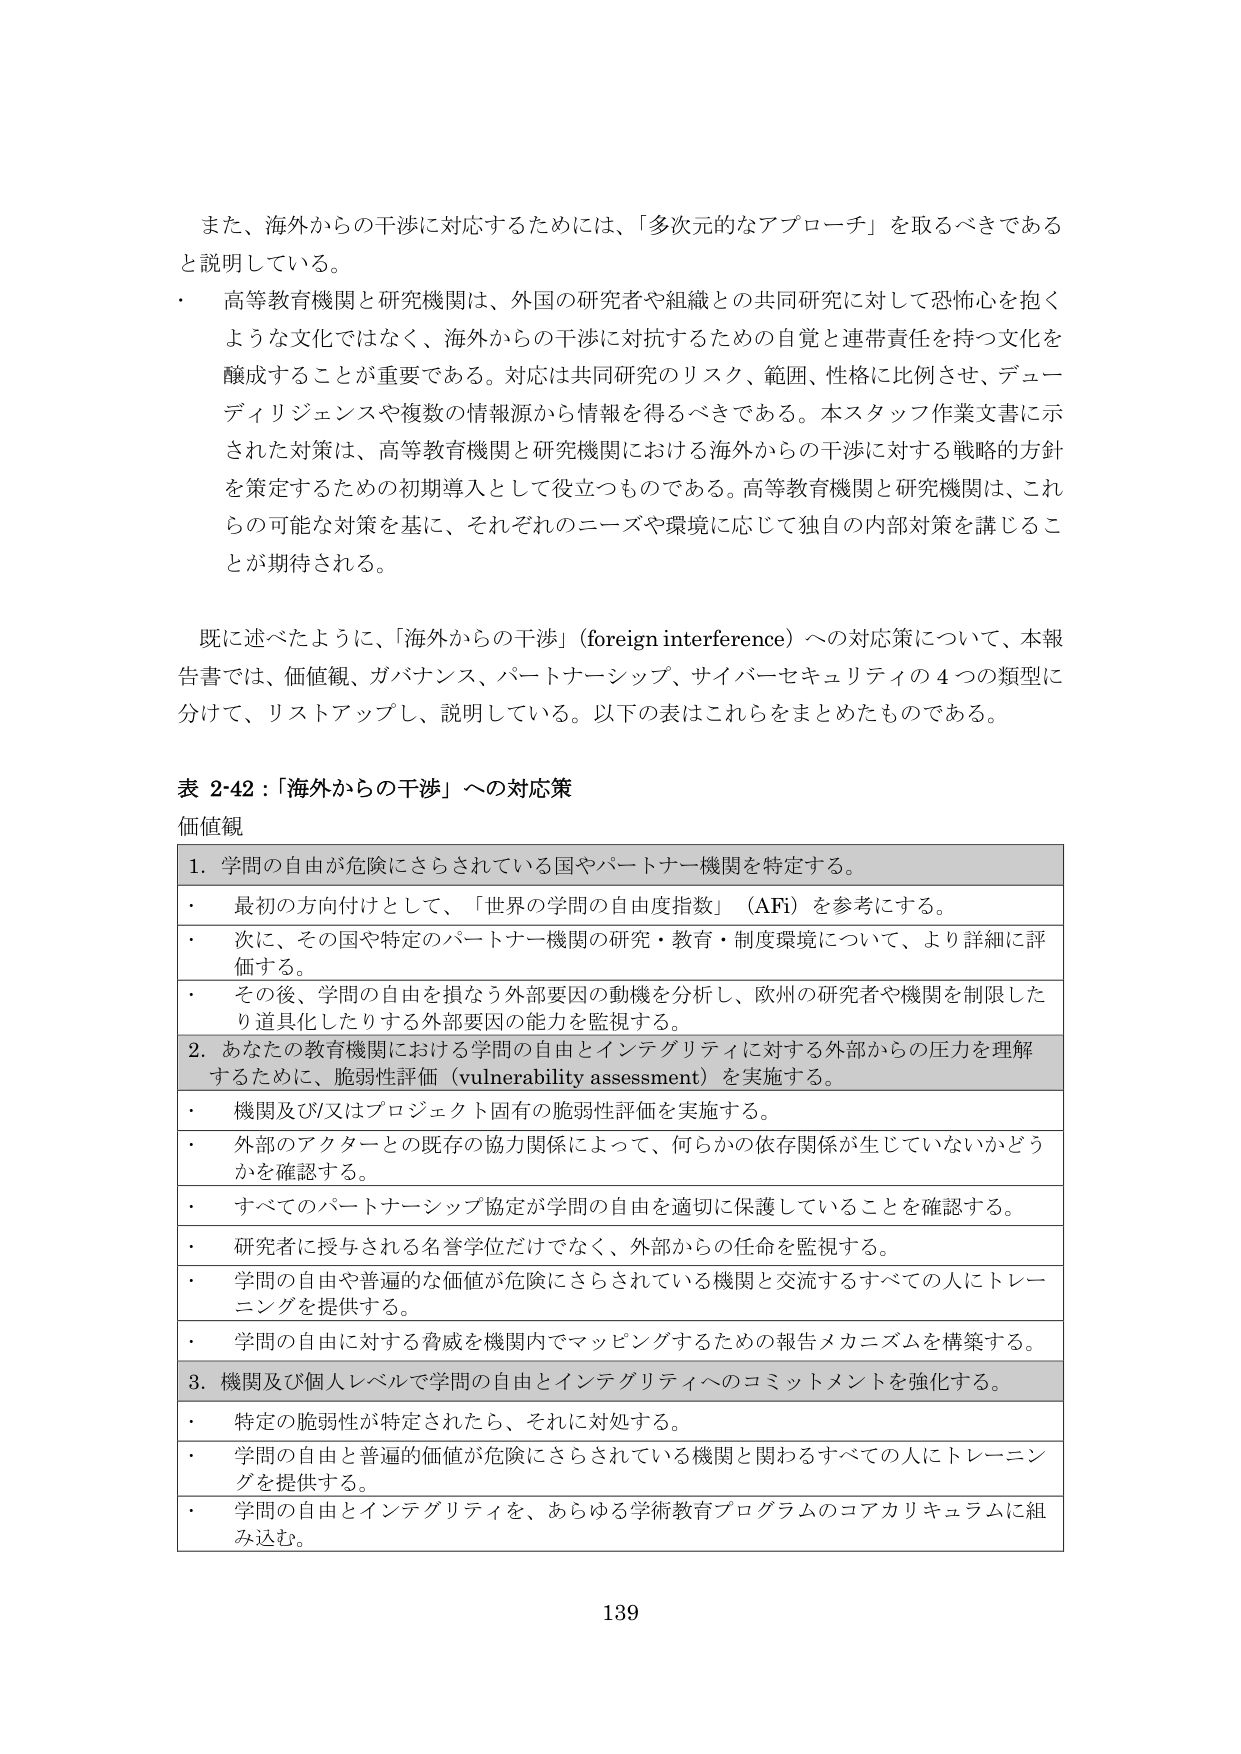
また、海外からの干渉に対応するためには、「多次元的なアプローチ」を取るべきであると説明している。

・ 高等教育機関と研究機関は、外国の研究者や組織との共同研究に対して恐怖心を抱くような文化ではなく、海外からの干渉に対抗するための自覚と連帯責任を持つ文化を醸成することが重要である。対応は共同研究のリスク、範囲、性格に比例させ、デューディリジェンスや複数の情報源から情報を得るべきである。本スタッフ作業文書に示された対策は、高等教育機関と研究機関における海外からの干渉に対する戦略的方針を策定するための初期導入として役立つものである。高等教育機関と研究機関は、これらの可能な対策を基に、それぞれのニーズや環境に応じて独自の内部対策を講じることが期待される。

既に述べたように、「海外からの干渉」（foreign interference）への対応策について、本報告書では、価値観、ガバナンス、パートナーシップ、サイバーセキュリティの4つの類型に分けて、リストアップし、説明している。以下の表はこれらをまとめたものである。

表 2-42：「海外からの干渉」への対応策

価値観

1. 学問の自由が危険にさらされている国やパートナー機関を特定する。

・ 最初の方向付けとして、「世界の学問の自由度指数」（AFi）を参考にする。

・ 次に、その国や特定のパートナー機関の研究・教育・制度環境について、より詳細に評価する。

・ その後、学問の自由を損なう外部要因の動機を分析し、欧州の研究者や機関を制限したり道徳化したりする外部要因の能力を監視する。

2. あなたの教育機関における学問の自由とインテグリティに対する外部からの圧力を理解するために、脆弱性評価（vulnerability assessment）を実施する。

・ 機関及び/又はプロジェクト固有の脆弱性評価を実施する。

・ 外部のアクターとの既存の協力関係によって、何らかの依存関係が生じていないかどうかを確認する。

・ すべてのパートナーシップ協定が学問の自由を適切に保護していることを確認する。

・ 研究者に授与される名誉学位だけでなく、外部からの任命を監視する。

・ 学問の自由や普遍的な価値が危険にさらされている機関と交流するすべての人にトレーニングを提供する。

・ 学問の自由に対する脅威を機関内でマッピングするための報告メカニズムを構築する。

3. 機関及び個人レベルで学問の自由とインテグリティへのコミットメントを強化する。

・ 特定の脆弱性が特定されたら、それに対処する。

・ 学問の自由と普遍的価値が危険にさらされている機関と関わるすべての人にトレーニングを提供する。

・ 学問の自由とインテグリティを、あらゆる学術教育プログラムのコアカリキュラムに組み込む。

139